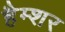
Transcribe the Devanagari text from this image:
हैम्शर